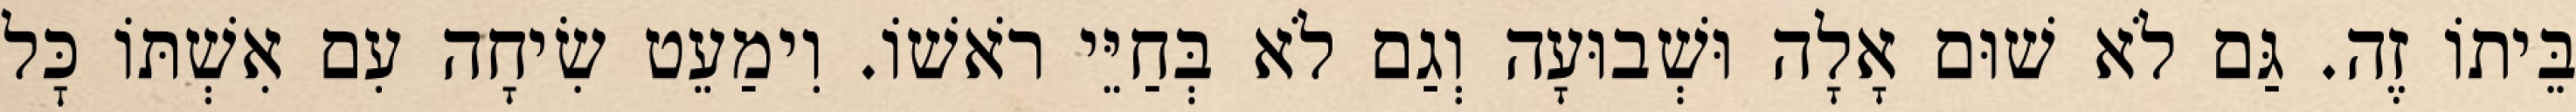
בֵּיתוֹ זֶה. גַּם לֹא שׁוּם אָלָה וּשְׁבוּעָה וְגַם לֹא בְּחַיֵּי רֹאשׁוֹ. וִימַעֵט שִׂיחָה עִם אִשְׁתּוֹ כׇּל